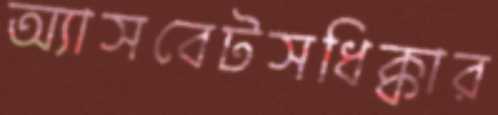
অ্যাসবেটসধিক্কার